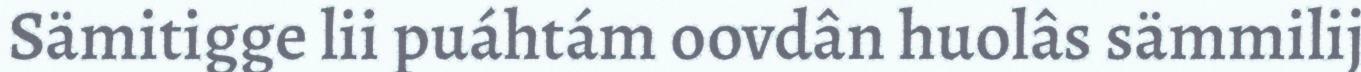
Sämitigge lii puáhtám oovdân huolâs sämmilij